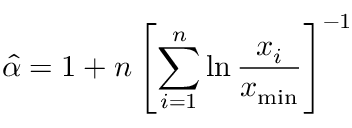
{ \hat { \alpha } } = 1 + n \left[ \sum _ { i = 1 } ^ { n } \ln { \frac { x _ { i } } { x _ { \operatorname* { m i n } } } } \right] ^ { - 1 }